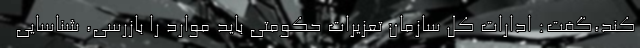
کند،گفت: ادارات کل سازمان تعزیرات حکومتی باید موارد را بازرسی، شناسایی